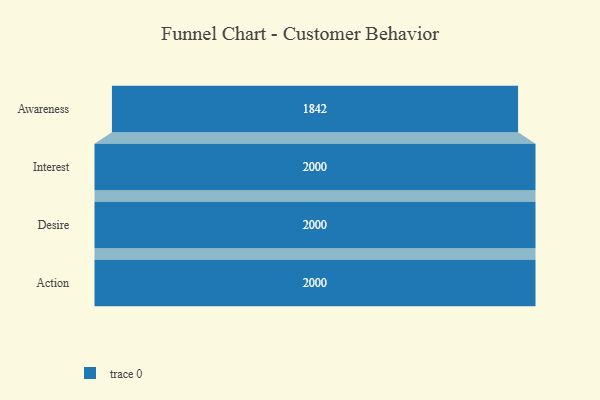
{"axis": {"x": "Stage", "y": "Value"}, "legend": [""], "data": [{"x": "Awareness", "y": 1842.0, "type": ""}, {"x": "Interest", "y": 2000, "type": ""}, {"x": "Desire", "y": 2000, "type": ""}, {"x": "Action", "y": 2000, "type": ""}]}